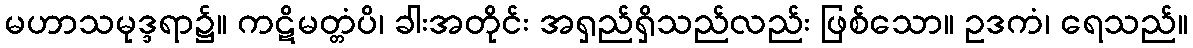
မဟာသမုဒ္ဒရာ၌။ ကဋိမတ္တံပိ၊ ခါးအတိုင်း အရှည်ရှိသည်လည်း ဖြစ်သော။ ဥဒကံ၊ ရေသည်။